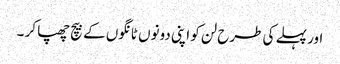
اور پہلے کی طرح لن کو اپنی دونوں ٹانگوں کے بیچ چھپا کر ۔